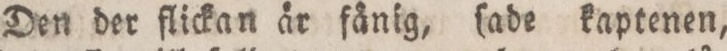
— Den der flickan är fänig, ſade kaptenen,